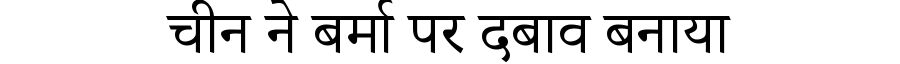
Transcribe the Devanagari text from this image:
चीन ने बर्मा पर दबाव बनाया